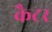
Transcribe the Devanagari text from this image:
कैटर